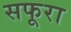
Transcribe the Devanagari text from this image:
सफूरा